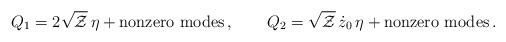
LaTeX: \begin{align*}Q_1=2\sqrt{\cal Z}\,\eta +{\rm nonzero~modes } \,,\qquad Q_2=\sqrt{\cal Z}\,\dot z_0\,\eta +{\rm nonzero~modes } \,.\end{align*}